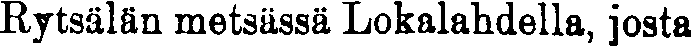
Rytsälän metsässä Lokalahdella, josta